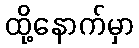
ထို့နောက်မှာ